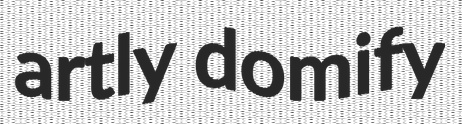
artly domify